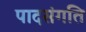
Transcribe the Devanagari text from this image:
पादसंगति